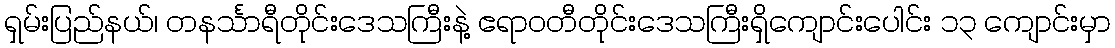
ရှမ်းပြည်နယ်၊ တနင်္သာရီတိုင်းဒေသကြီးနဲ့ ဧရာဝတီတိုင်းဒေသကြီးရှိကျောင်းပေါင်း ၁၃ ကျောင်းမှာ